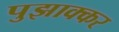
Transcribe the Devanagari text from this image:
पुझाक्कर